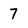
Character: 7